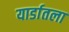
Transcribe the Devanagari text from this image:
यार्डातला